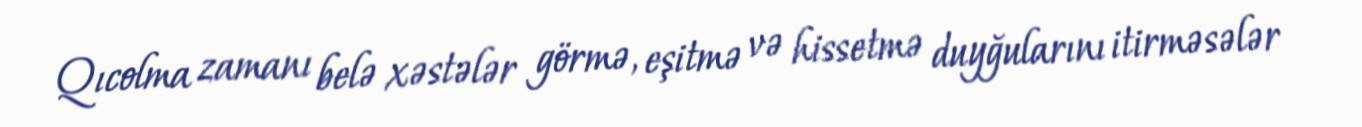
Qıcolma zamanı belə xəstələr görmə, eşitmə və hissetmə duyğularını itirməsələr